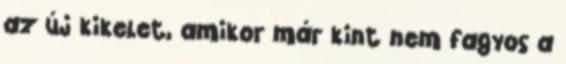
az új kikelet, amikor már kint nem fagyos a